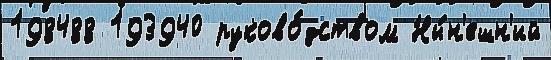
198488 193940 руково́дством Ны́н'ешн'ий